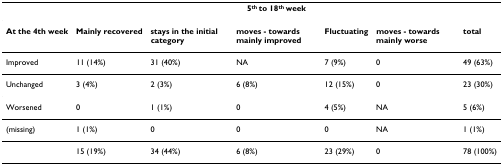
<table><thead><tr><td></td><td></td><td></td><td><b>5<sup>th </sup>to 18<sup>th </sup>week</b></td><td></td><td></td><td></td></tr></thead><tbody><tr><td><b>At the 4th week</b></td><td><b>Mainly recovered</b></td><td><b>stays in the initial category</b></td><td><b>moves - towards mainly improved</b></td><td><b>Fluctuating</b></td><td><b>moves - towards mainly worse</b></td><td><b>total</b></td></tr><tr><td>Improved</td><td>11 (14%)</td><td>31 (40%)</td><td>NA</td><td>7 (9%)</td><td>0</td><td>49 (63%)</td></tr><tr><td>Unchanged</td><td>3 (4%)</td><td>2 (3%)</td><td>6 (8%)</td><td>12 (15%)</td><td>0</td><td>23 (30%)</td></tr><tr><td>Worsened</td><td>0</td><td>1 (1%)</td><td>0</td><td>4 (5%)</td><td>NA</td><td>5 (6%)</td></tr><tr><td>(missing)</td><td>1 (1%)</td><td>0</td><td>0</td><td>0</td><td>NA</td><td>1 (1%)</td></tr><tr><td></td><td>15 (19%)</td><td>34 (44%)</td><td>6 (8%)</td><td>23 (29%)</td><td>0</td><td>78 (100%)</td></tr></tbody></table>